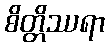
စိတ္တိဿရာ